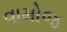
વામોજ